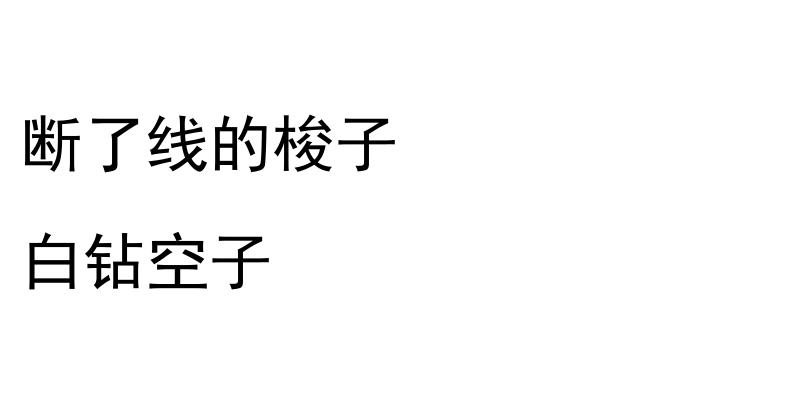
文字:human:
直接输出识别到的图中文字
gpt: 断了线的梭子 白钻空子